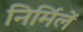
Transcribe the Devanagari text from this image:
निर्मिलें